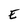
Character: E